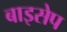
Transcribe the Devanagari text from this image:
बाइसेप